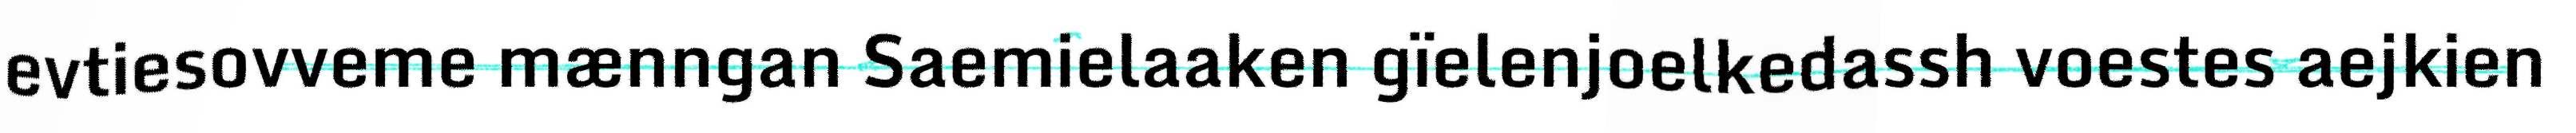
evtiesovveme mænngan Saemielaaken gïelenjoelkedassh voestes aejkien